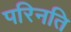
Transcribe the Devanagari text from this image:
परिनति